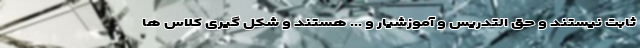
ثابت نیستند و حق التدریس و آموزشیار و ... هستند و شکل گیری کلاس ها